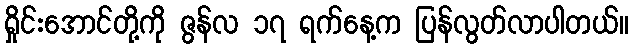
ရှိုင်းအောင်တို့ကို ဇွန်လ ၁၇ ရက်နေ့က ပြန်လွတ်လာပါတယ်။